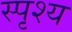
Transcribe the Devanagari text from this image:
स्पृश्‍य